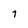
Character: 7